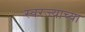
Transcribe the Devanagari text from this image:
स्वरज्याच्या